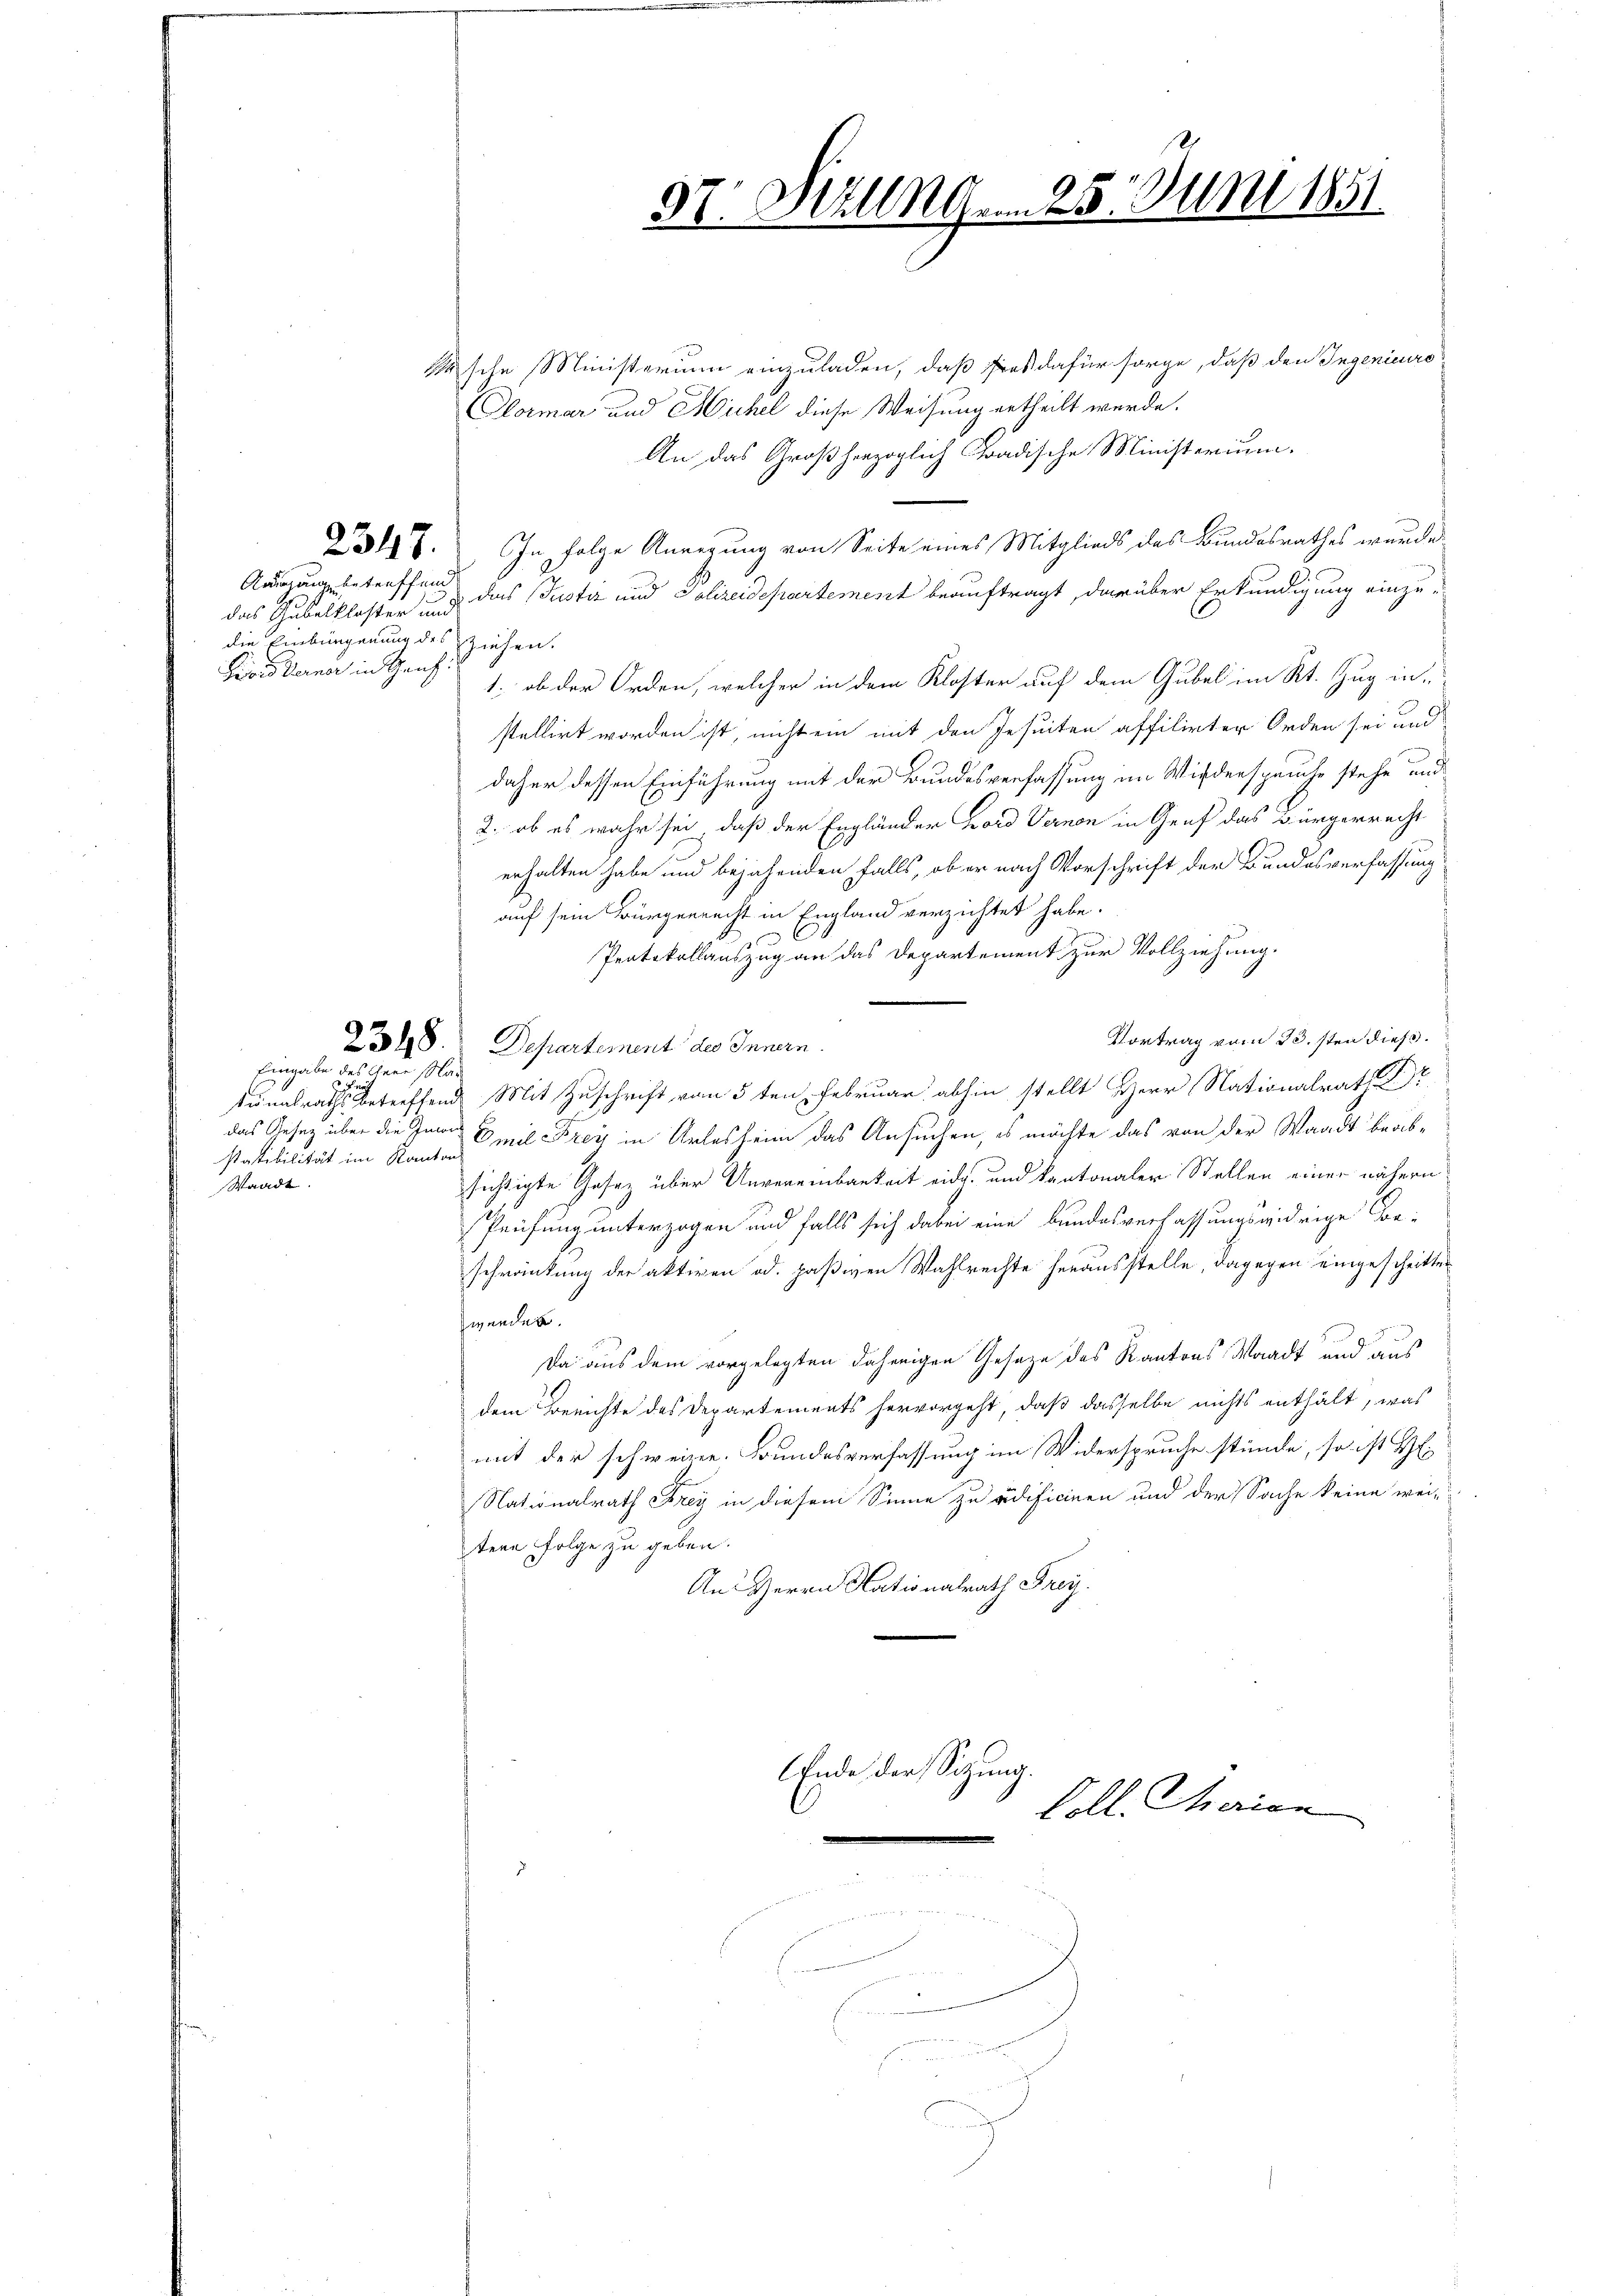
Ausgange betreffend
die Einbürgerung des ziehen.
Piois Berner in Ganz

Masche Ministerium einzuladen, daß Fres dafür sorge, daß den Ingenieure
Clotmar und Sichel diese Weisung ertheilt werde.
An das Großherzoglich Gradische Ministerium.
237. In Folge Anregung von Seite eines Mitglieds des Bundesrathes wurde.
das Gubelklasser und das Justiz und Polizeidepartement beauftragt, darüber Erkundigung einzu-
1., ob der Orden, welcher in dem Kloster auf dem Gubel im Kt. Zug in
stellirt worden ist, nicht ein mit den Jesuiten affitirter Orden sei und
c
daher dessen Einführung mit der Bundesverfassung im Wiederspruche stehe und
2. ob es wahr sei, daß der Engländer Fond Vernen in Graf das Bürgerrecht
erhalten habe und bejahenden falls, ob er nach Vorschrift der Bundesverfassung
auf sein Bürgerrecht in England verzichtet habe.
Protokollauszug an das Departement zur Vollziehung.
“
Vortrag vom 23. sten dieß.
2348. Departement des Innern.
sunalrathes betreffend Mit Zuschrift vom 3ten Februar abhin stellt Herr Nationalrat Dr
das Gesez über die Inans Emil Frey in Arlesheim das Ansuchen, es möchte das von der Waadt beabsichtigte Gesetz über Unvereinbarkeit eidg. und kantonaler Stellen einer nähern
Prüfung unterzogen und falls sich dabei eine Bundesverfassungswidrige Beschränkung der aktiven od. paßiven Wahlrechte herausstelle, dagegen eingeschritter
werden.
Da aus dem vorgelegten daherigen Geseze des Kantons Waadt und aus
dem Berichte des Departements hervorgeht, daß dasselbe nichts enthält, was
mit der schweizer. Bundesverfassung im Widerspruche stünde, so ist H
Nationalrath Frey in diesem Sinne zu adificiren und der Sache keine wei-
tern Folge zu geben.
An Herrn Nationalrath Frey.
Ende der Sitzung.

Eingabe des ihrer Mar
statibilität im Kanton
Waadt.

37. Sitzung. . . 25. Juni 1851

Coll. Marien